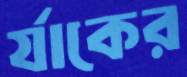
র‍্যাকের